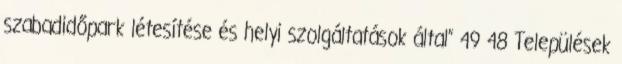
szabadidőpark létesítése és helyi szolgáltatások által” 49 48 Települések